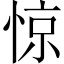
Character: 惊